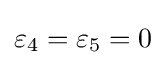
\varepsilon _{4}=\varepsilon _{5}=0